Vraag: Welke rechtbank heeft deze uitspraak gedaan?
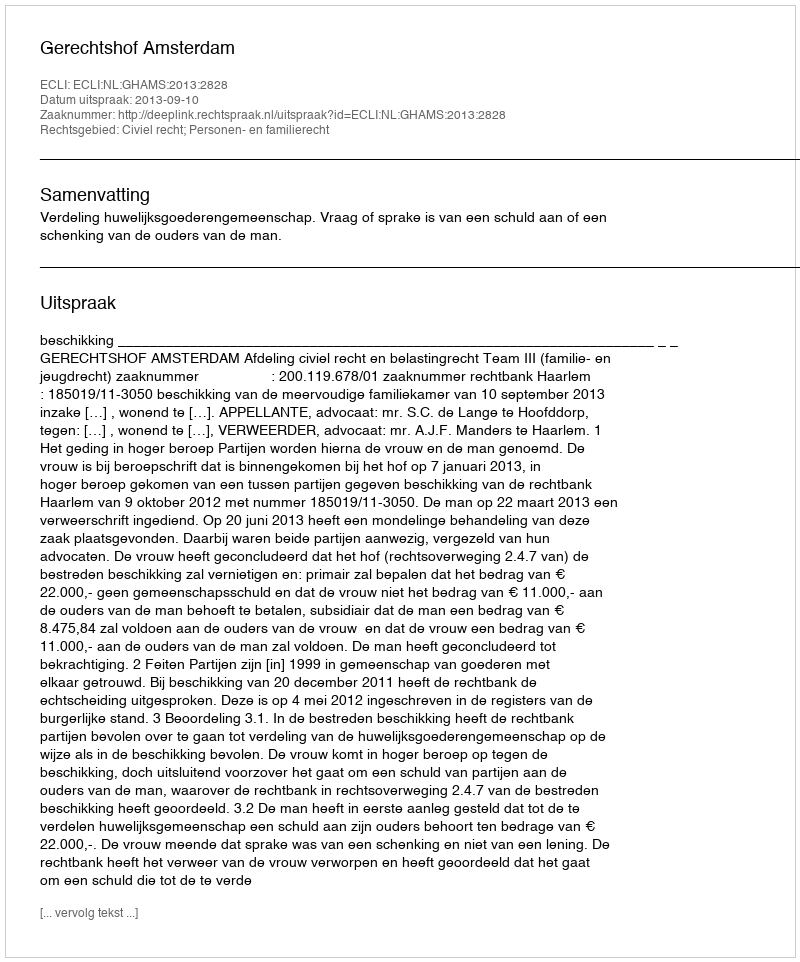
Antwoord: Gerechtshof Amsterdam